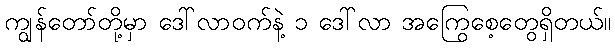
ကျွန်တော်တို့မှာ ဒေါ်လာဝက်နဲ့ ၁ ဒေါ်လာ အကြွေစေ့တွေရှိတယ်။